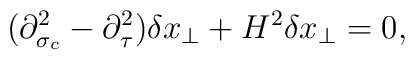
(\partial^2_{\sigma_c}-\partial^2_\tau)\delta x_\perp+H^2\delta x_\perp=0,